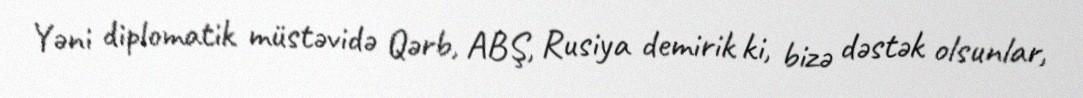
Yəni diplomatik müstəvidə Qərb, ABŞ, Rusiya demirik ki, bizə dəstək olsunlar,